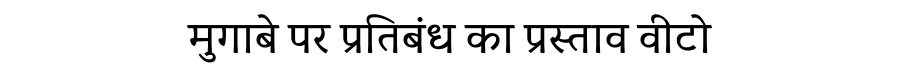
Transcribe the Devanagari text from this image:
मुगाबे पर प्रतिबंध का प्रस्ताव वीटो